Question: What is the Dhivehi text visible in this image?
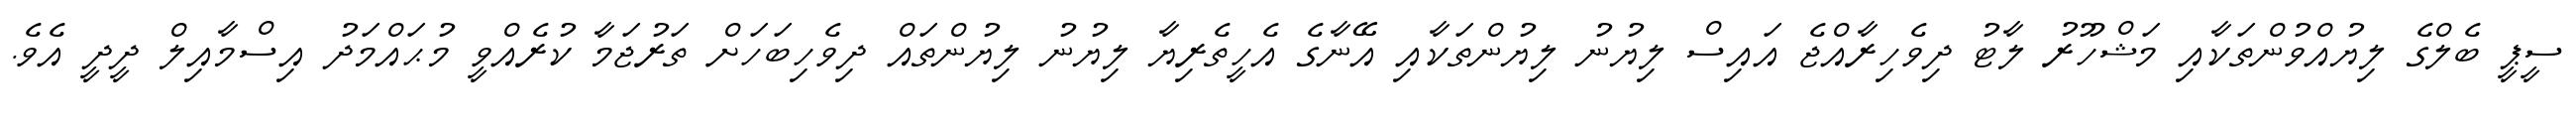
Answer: ސީޕީ ބެލްގެ ލިޔުއްވުންތަކާއި މަޝްހޫރު ލާޓު ދިވެހިރާއްޖެ އައިސް ލިޔުނު ލިޔުންތަކާއި އޭނާގެ އެހީތެރިޔާ ލިޔުނު ލިޔުންތައް ދިވެހިބަހަށް ތަރުޖަމާ ކުރެއްވީ މުޙައްމަދު އިސްމާއިލް ދީދީ އެވެ.